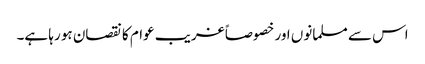
اس سے مسلمانوں اور خصوصاً غریب عوام کا نقصان ہو رہا ہے۔